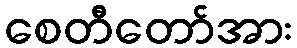
စေတီတော်အား